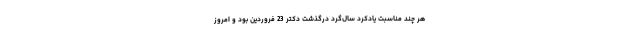
هر چند مناسبتِ یادکردِ سال‌گردِ درگذشتِ دکتر 23 فروردین بود و امروز